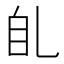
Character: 臫